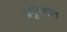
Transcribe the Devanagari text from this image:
प्रदुषणात